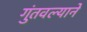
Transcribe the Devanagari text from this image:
गुंतवल्याने